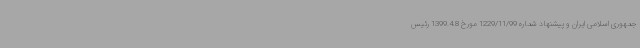
جمهوری اسلامی ایران و پیشنهاد شماره 1229/11/99 مورخ 1399.4.8 رئیس